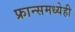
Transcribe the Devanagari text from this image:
फ्रान्समध्येही